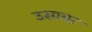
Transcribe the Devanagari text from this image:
उसावर